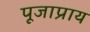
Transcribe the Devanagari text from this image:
पूजाप्राय